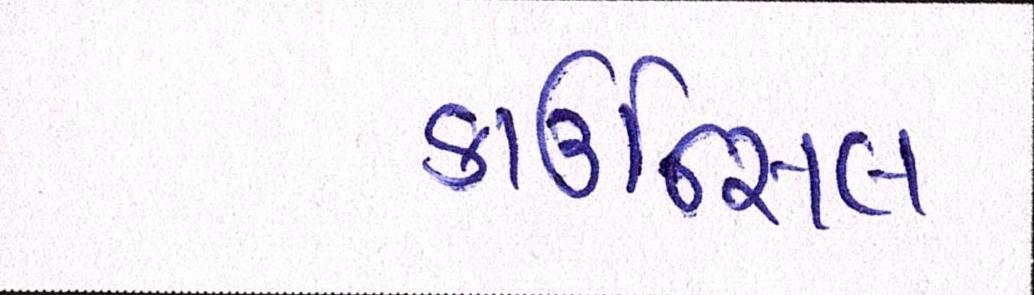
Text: કાઉન્સિલ